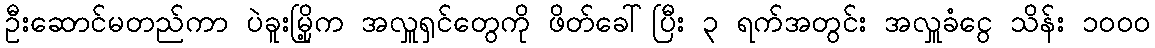
ဦးဆောင်မတည်ကာ ပဲခူးမြို့က အလှူရှင်တွေကို ဖိတ်ခေါ်ပြီး ၃ ရက်အတွင်း အလှူခံငွေ သိန်း ၁၀၀၀